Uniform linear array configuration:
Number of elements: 64
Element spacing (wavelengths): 1
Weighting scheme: hamming
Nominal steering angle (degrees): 30
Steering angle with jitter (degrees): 30.145
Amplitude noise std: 0.05
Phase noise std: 0.05

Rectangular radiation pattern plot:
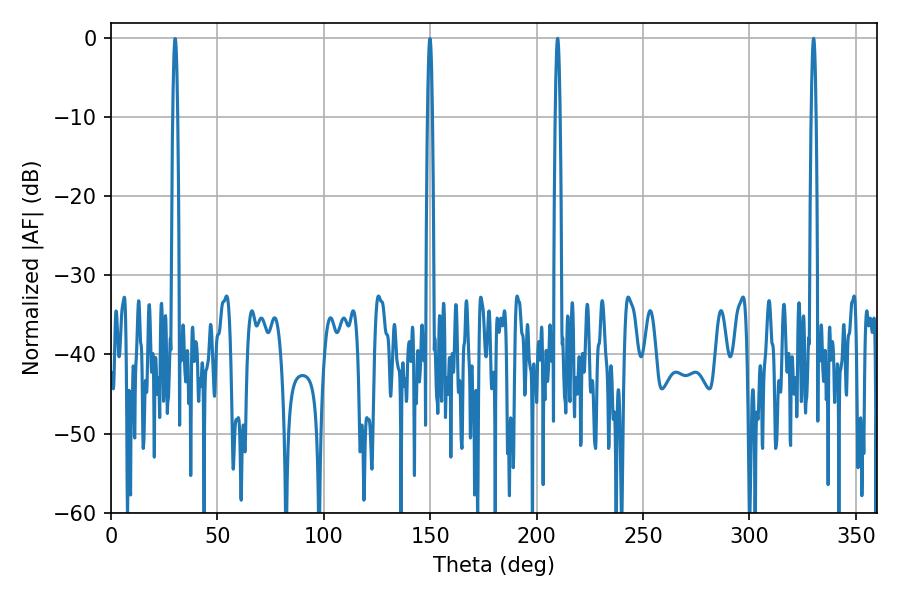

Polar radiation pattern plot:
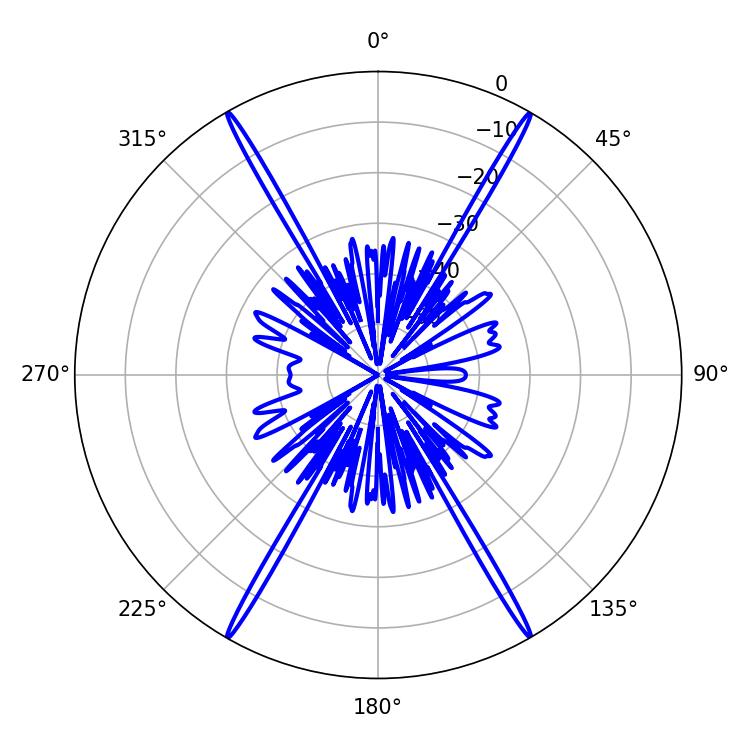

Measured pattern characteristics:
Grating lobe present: TRUE
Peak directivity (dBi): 38.3
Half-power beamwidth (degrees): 1.08
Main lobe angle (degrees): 330.12